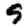
Digit: 9